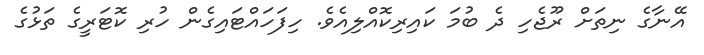
އޭނާގެ ނިތަށް ރޫޖެހި ދެ ބުމަ ކައިރިކޮއްލިއެވެ. ހިފަހައްޓައިގެން ހުރި ކޮޓަރީގެ ތަޅުގެ